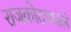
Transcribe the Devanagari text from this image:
राजकोटमधले